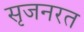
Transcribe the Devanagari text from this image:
सृजनरत